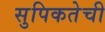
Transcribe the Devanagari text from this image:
सुपिकतेची